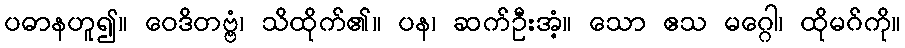
ပဓာနဟူ၍။ ဝေဒိတဗ္ဗံ၊ သိထိုက်၏။ ပန၊ ဆက်ဦးအံ့။ သော ဧသ မဂ္ဂေါ၊ ထိုမဂ်ကို။